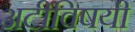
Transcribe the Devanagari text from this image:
अटींविषयी